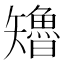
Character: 𮀊